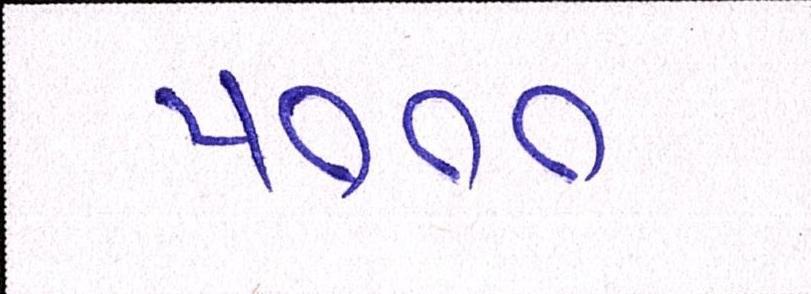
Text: ૫૦૦૦